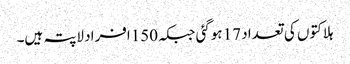
ہلاکتوں کی تعداد 17 ہوگئی جبکہ150افراد لاپتہ ہیں۔